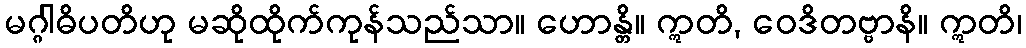
မဂ္ဂါဓိပတိဟု မဆိုထိုက်ကုန်သည်သာ။ ဟောန္တိ။ ဣတိ, ဝေဒိတဗ္ဗာနိ။ ဣတိ၊